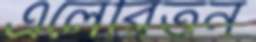
এলেরিতন